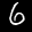
Label: 6